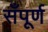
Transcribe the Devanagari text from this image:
सँपूर्ण